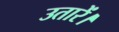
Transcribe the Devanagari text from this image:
उतारें।